Civil Veterinary Dept. Assam report 1911-1927 - 1911-1927
Year: 1911
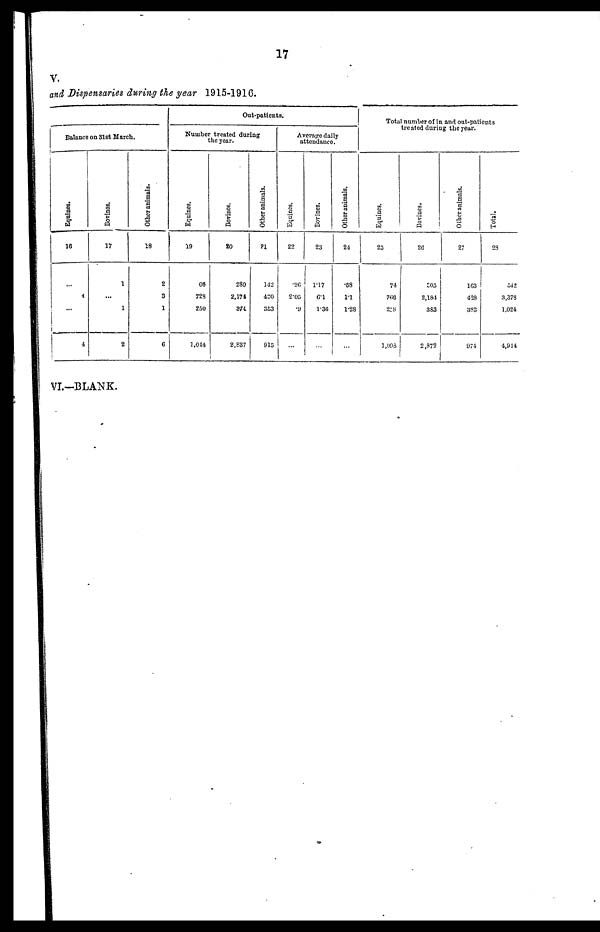
17
v.
and Dispensaries during the year 1915-1916.
Balance on 31st March
Equines.
16
4
i
4
Bovines.
17
1
1
2
Other animals.
18
2
3
1
6
Out-patients.
Number treated during
the year.
Equines.
19
66
72S
250
1.014
Bovinos.
20
289
2,171
874
2,837
Other animals.
?1
142
420
353
915
Average daily
attendence.
Equines.
22
20
2.05
.9
Bovines.
23
1.17
6.1
1-36
Other animals.
24
58
1.1
1.28
Total number of in and out-patients
treated during the year.
Equines.
25
74
766
238
1,093
Bovines.
26
£05
2,184
3S3
2,872
Other animals.
27
1G3
428
3S3
974
Total,
23
542
3,378
1,021
4,944
VI-BLANK.